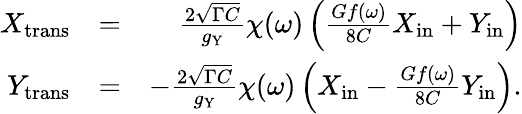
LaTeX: \begin{array}{rlr}{X_{\mathrm{trans}}}&{=}&{\frac{2\sqrt{\Gamma C}}{g_{\mathrm{Y}}}\chi(\omega)\left(\frac{Gf(\omega)}{8C}X_{\mathrm{in}}+Y_{\mathrm{in}}\right)}\\ {Y_{\mathrm{trans}}}&{=}&{-\frac{2\sqrt{\Gamma C}}{g_{\mathrm{Y}}}\chi(\omega)\left(X_{\mathrm{in}}-\frac{Gf(\omega)}{8C}Y_{\mathrm{in}}\right).}\end{array}